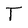
Character: T